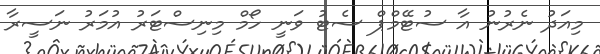
މިއަދު ނެރުނު އާ ސުޓޭމްޕް ސެޓު ވަނީ ހޯމް މިނިސްޓަރު އުމަރު ނަސީރާ